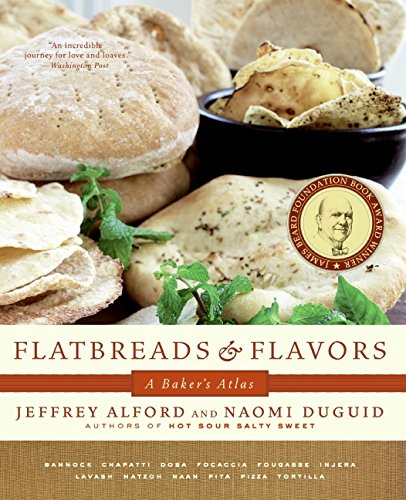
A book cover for Flatbreads & Flavors: A Baker's Atlas; Jeffrey Alford; Cookbooks, Food & Wine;